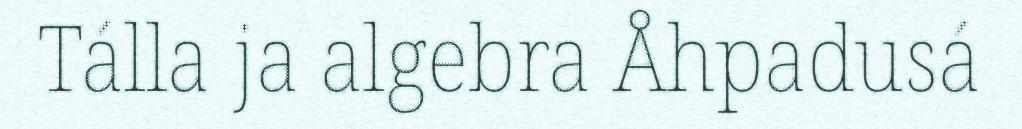
Tálla ja algebra Åhpadusá